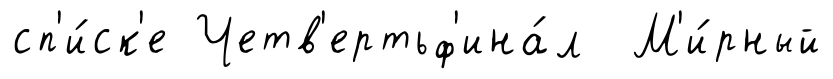
сп'и́ск'е Четв'ертьф'ина́л М'и́рный